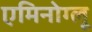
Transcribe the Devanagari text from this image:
एमिनोग्लू